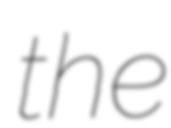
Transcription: the